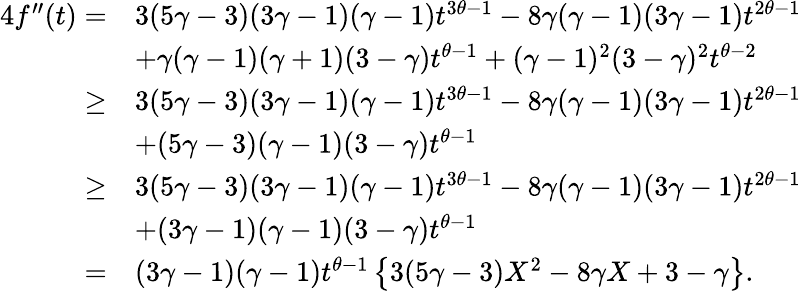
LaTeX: \begin{array}{rl}{4f^{\prime\prime}(t)=}&{3(5\gamma-3)(3\gamma-1)(\gamma-1)t^{3\theta-1}-8\gamma(\gamma-1)(3\gamma-1)t^{2\theta-1}}\\ &{+\gamma(\gamma-1)(\gamma+1)(3-\gamma)t^{\theta-1}+(\gamma-1)^{2}(3-\gamma)^{2}t^{\theta-2}}\\ {\geq}&{3(5\gamma-3)(3\gamma-1)(\gamma-1)t^{3\theta-1}-8\gamma(\gamma-1)(3\gamma-1)t^{2\theta-1}}\\ &{+(5\gamma-3)(\gamma-1)(3-\gamma)t^{\theta-1}}\\ {\geq}&{3(5\gamma-3)(3\gamma-1)(\gamma-1)t^{3\theta-1}-8\gamma(\gamma-1)(3\gamma-1)t^{2\theta-1}}\\ &{+(3\gamma-1)(\gamma-1)(3-\gamma)t^{\theta-1}}\\ {=}&{(3\gamma-1)(\gamma-1)t^{\theta-1}\left\{ 3(5\gamma-3)X^{2}-8\gamma X+3-\gamma\right\} .}\end{array}